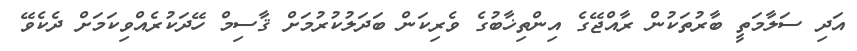
އަދި ސަލާމަތީ ބާރުތަކުން ރާއްޖޭގެ އިންތިޚާބުގެ ވެރިކަން ބަދަލުކުރުމަށް ޤާސިމް ހޭދަކުރެއްވިކަމަށް ދެކެވޭ